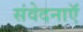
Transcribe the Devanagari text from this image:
संवेदनाऍं